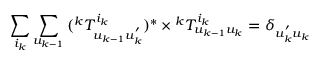
\sum _ { i _ { k } } { \sum _ { u _ { k - 1 } } { ( { ^ k T _ { u _ { k - 1 } u _ { k } ^ { ' } } ^ { i _ { k } } } ) ^ { * } \times { ^ k T _ { u _ { k - 1 } u _ { k } } ^ { i _ { k } } } } } = \delta _ { u _ { k } ^ { ' } u _ { k } }